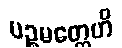
ပဉ္စမတ္တေဟိ